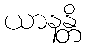
ယာနန္တိ